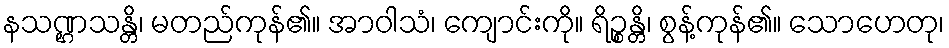
နသဏ္ဌသန္တိ၊ မတည်ကုန်၏။ အာဝါသံ၊ ကျောင်းကို။ ရိဉ္စန္တိ၊ စွန့်ကုန်၏။ သောဟေတု၊